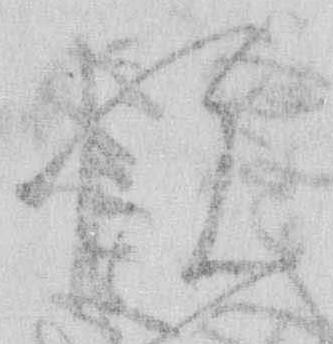
悦